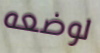
لوضعه